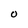
Character: O